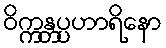
ဝိက္ကန္တပ္ပဟာရိနော